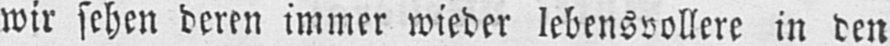
wir sehen deren immer wieder lebensvollere in den